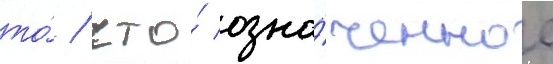
то́ / что́ озна́ченное